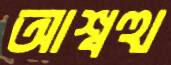
আশ্বত্থ